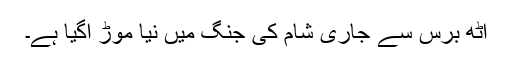
آٹھ برس سے جاری شام کی جنگ میں نیا موڑ آگیا ہے۔